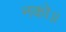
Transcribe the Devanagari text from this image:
नको॥